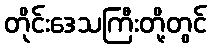
တိုင်းဒေသကြီးတို့တွင်